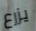
يزرع